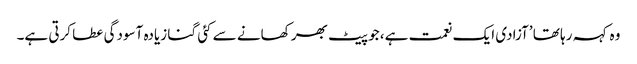
وہ کہہ رہا تھا ’آزادی ایک نعمت ہے، جو پیٹ بھر کھانے سے کئی گنا زیادہ آسودگی عطا کرتی ہے۔